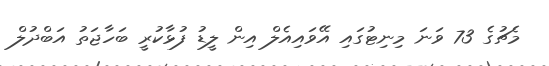
މެޗުގެ 73 ވަނަ މިނިޓުގައި އޭވައިއެލް އިން ލީޑު ފުޅާކުރީ ބަހާޖަތު އަބްދުލް